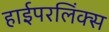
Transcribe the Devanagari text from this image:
हाईपरलिंक्स